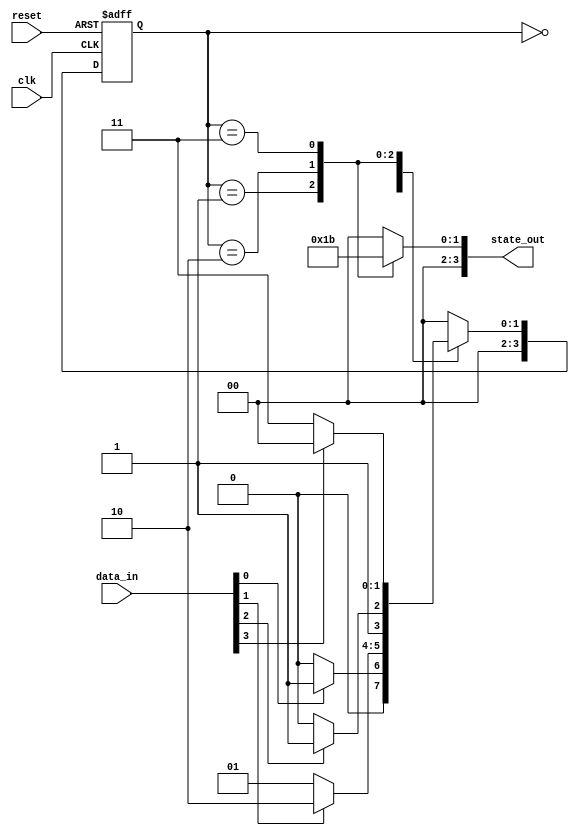
module sequential_logic(
    input wire clk,          // Clock signal
    input wire reset,        // Reset signal
    input wire [3:0] data_in, // Input data
    output reg [3:0] state_out // Output state
);

// State encoding
reg [3:0] current_state, next_state;

// Sequential logic: state update on the positive edge of the clock
always @(posedge clk or posedge reset) begin
    if (reset) begin
        current_state <= 4'b0000; // Initialize state to 0 on reset
    end else begin
        current_state <= next_state; // Update state
    end
end

// Combinational logic: next state computation based on current state and inputs
always @(*) begin
    case (current_state)
        4'b0000: next_state = (data_in[0]) ? 4'b0001 : 4'b0000; // Transition logic
        4'b0001: next_state = (data_in[1]) ? 4'b0010 : 4'b0001;
        4'b0010: next_state = (data_in[2]) ? 4'b0011 : 4'b0010;
        4'b0011: next_state = (data_in[3]) ? 4'b0000 : 4'b0011;
        default: next_state = 4'b0000; // Default case to prevent latches
    endcase
end

// Output generation based on current state
always @(*) begin
    case (current_state)
        4'b0000: state_out = 4'b0000;
        4'b0001: state_out = 4'b0001;
        4'b0010: state_out = 4'b0010;
        4'b0011: state_out = 4'b0011;
        default: state_out = 4'b0000; // Default case
    endcase
end

endmodule